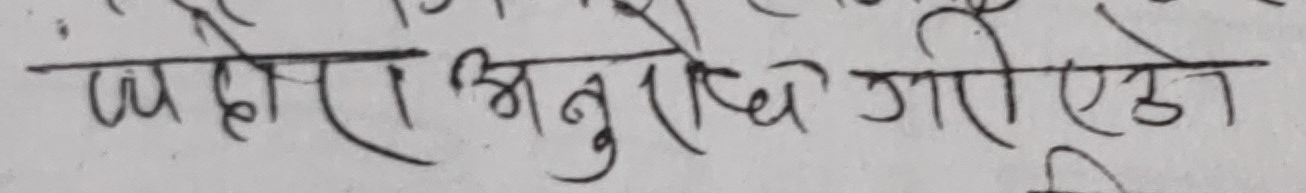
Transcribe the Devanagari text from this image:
उहोरा अनुरोध गरीएको